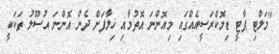
"މަލްޓި ޕާޓީ ޑިމޮކްރަސީއެއްގައި މިއޮންނަ އޮތުމާއި ޚިލާފަށް ދެން އޮންނަ އުސޫލު ތަކަކީ